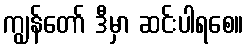
ကျွန်တော် ဒီမှာ ဆင်းပါရစေ။